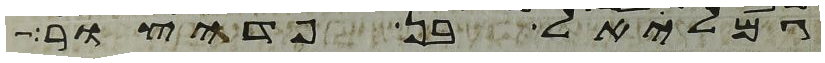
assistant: גמליאל בן פדהצור